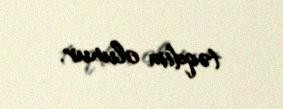
təqdim olunur.